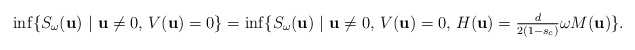
\begin{align*}\inf \{ S_\omega ({\bf u}) \ |\ {\bf u}\neq0, \, V({\bf u}) = 0\}=\inf \{ S_\omega ({\bf u}) \ |\ {\bf u}\neq0, \, V({\bf u}) = 0,\, H({\bf u}) = \tfrac{d}{2(1-s_c)}\omega M({\bf u})\}.\end{align*}